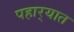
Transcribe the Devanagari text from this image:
पहार्‍यात